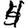
Digit: 4